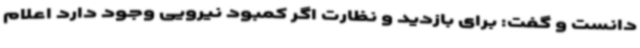
دانست و گفت: برای بازدید و نظارت اگر کمبود نیرویی وجود دارد اعلام